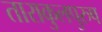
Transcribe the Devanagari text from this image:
ताराकुलपुरुष